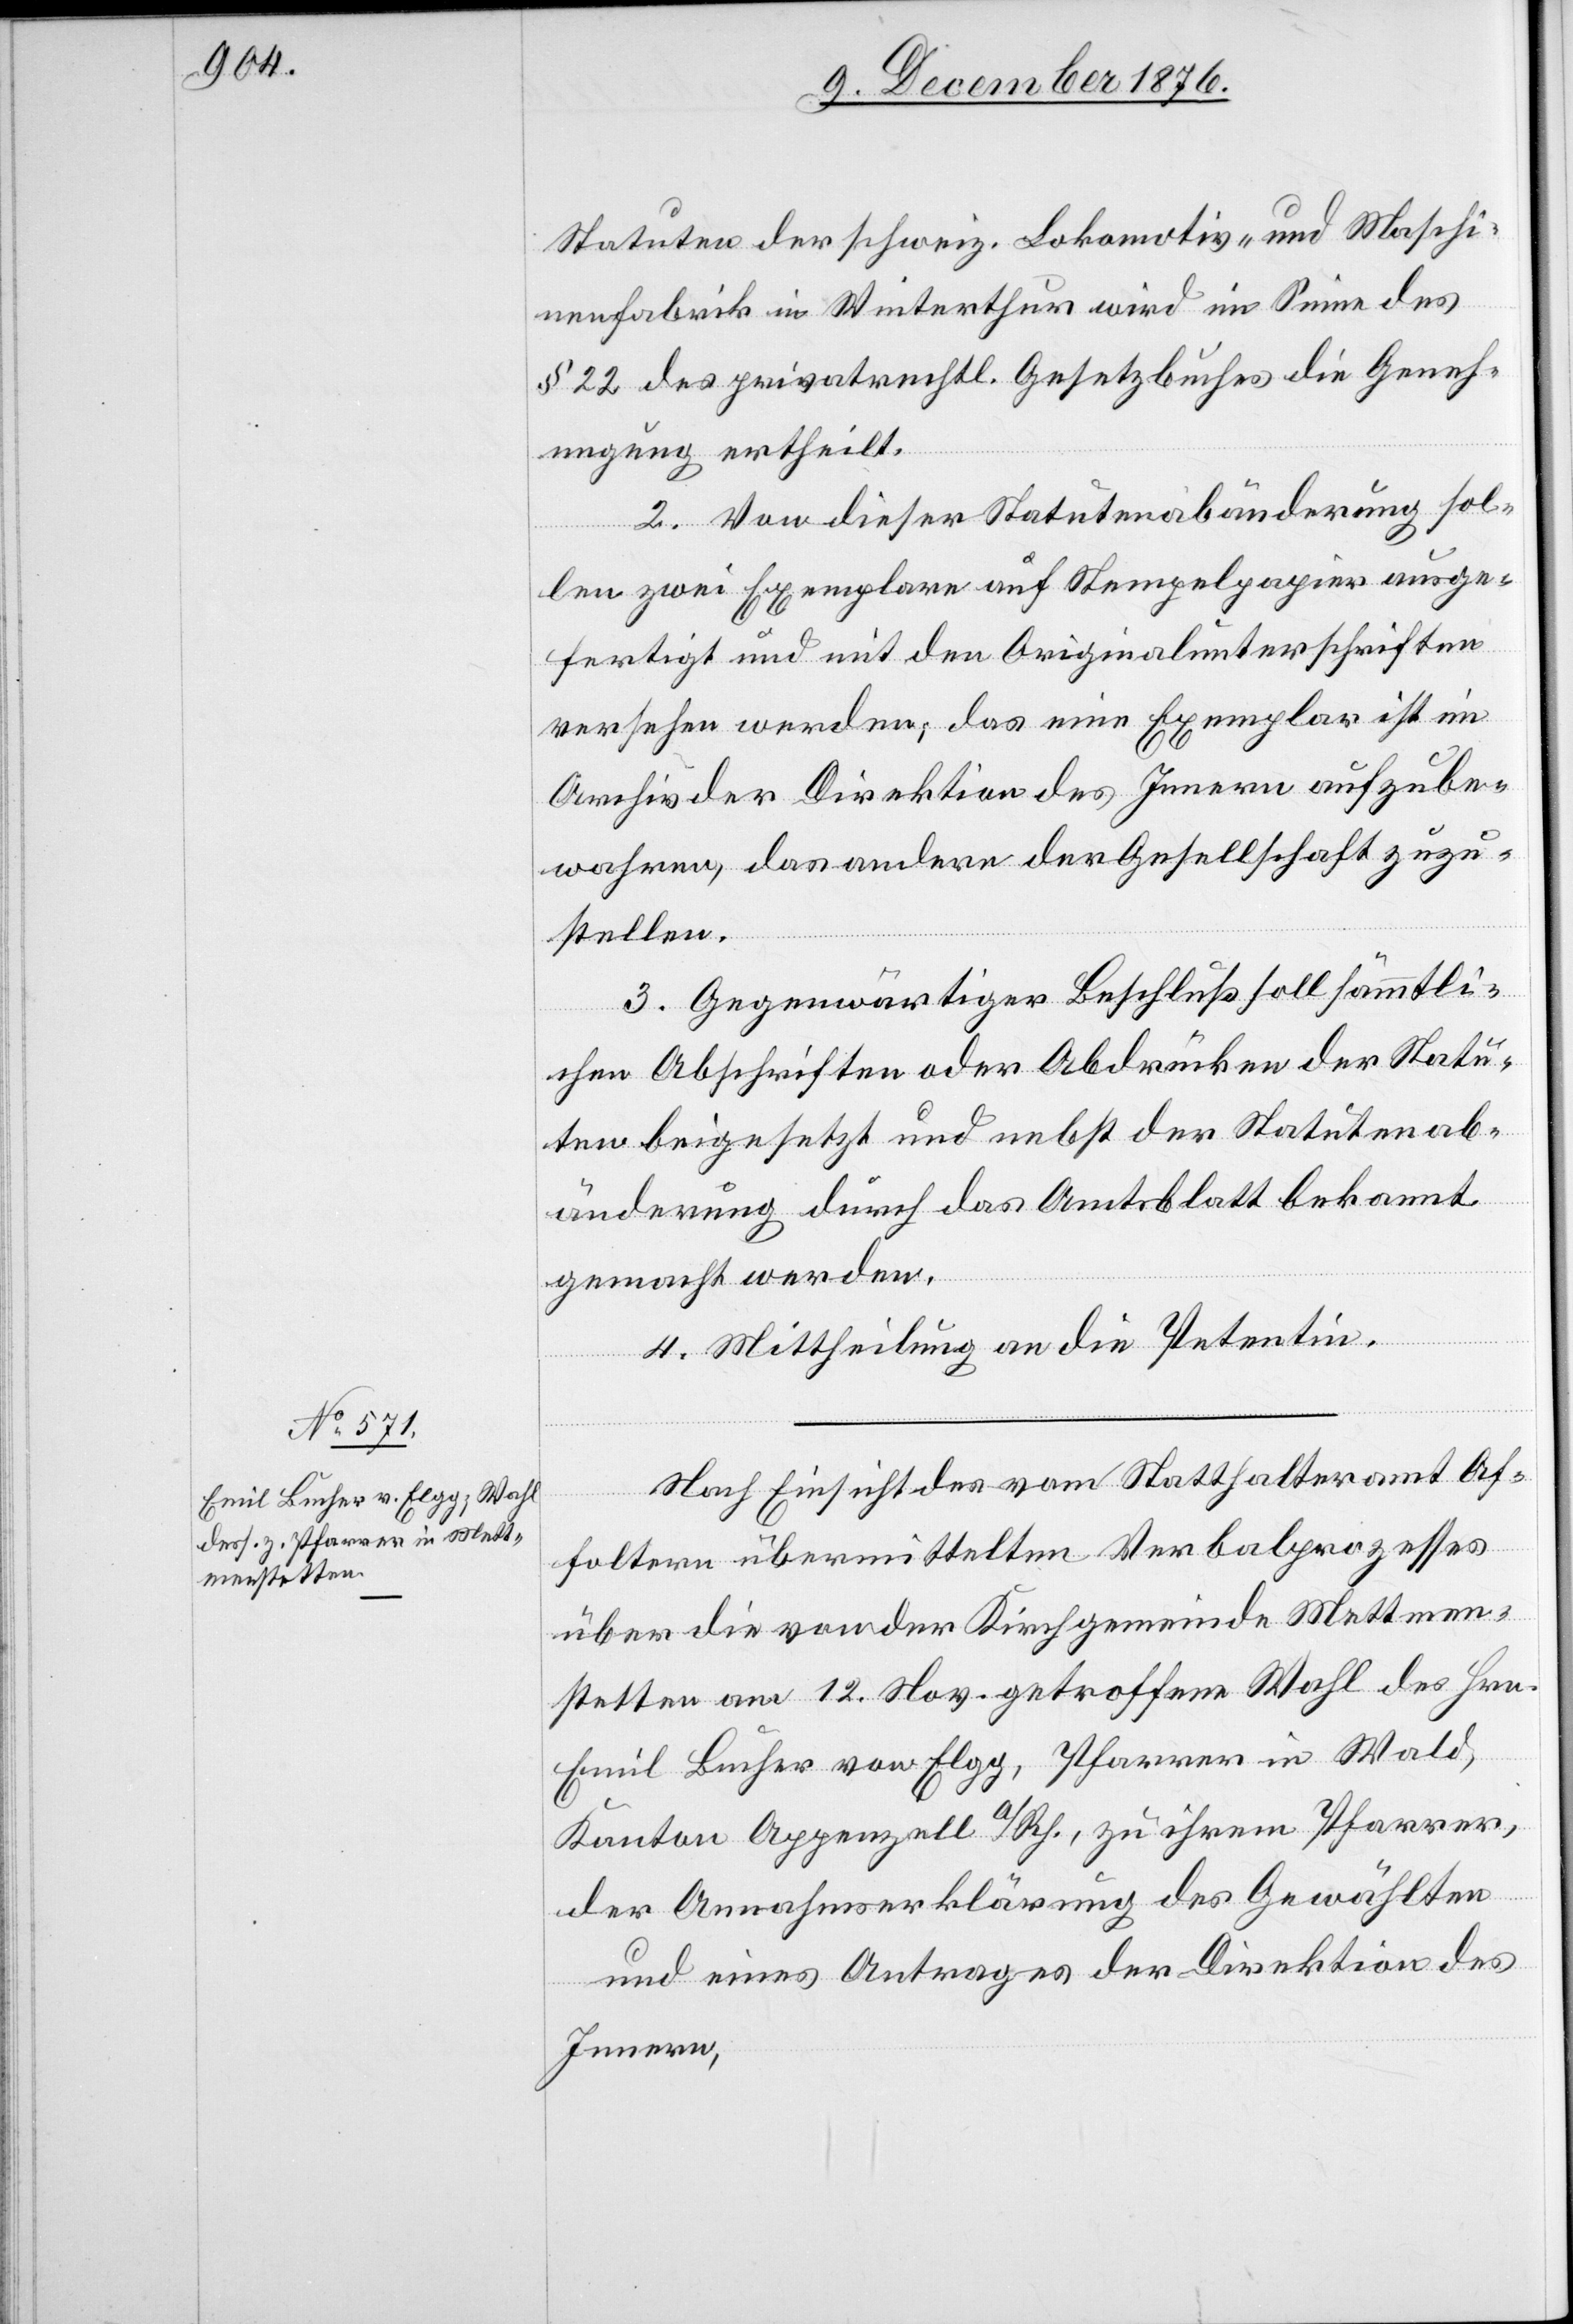
Statuten der schweiz. Lokomotiv- Maschi¬
nenfabrik in Winterthur wird im Sinne des
§ 22 des privatrechtl. Gesetzbuches die Geneh¬
migung ertheilt.
2. Von dieser Statutenabänderung sol¬
len zwei Exemplare auf Stempelpapier ausge¬
fertigt und mit den Originalunterschriften
versehen werden, das eine Exemplar ist im
Archiv der Direktion des Innern aufzube¬
wahren, das andere der Gesellschaft zuzu¬
stellen.
3. Gegenwärtiger Beschluß soll sämmtli¬
chen Abschriften oder Abdrücken der Statu¬
ten beigesetzt und nebst der Statutenab¬
änderung durch das Amtsblatt bekannt
gemacht werden.
4. Mittheilung an die Petentin.
Nach Einsicht des vom Statthalteramt Af¬
foltern übermittelten Verbalprozesses
über die von der Kirchgemeinde Mettmen¬
stetten am 12. Nov. getroffene Wahl des Hrn.
Emil Bucher von Elgg, Pfarrer in Wald,
Kanton Appenzell a/Rh., zu ihrem Pfarrer,
der Annahmserklärung des Gewählten
und eines Antrages der Direktion des
Innern,